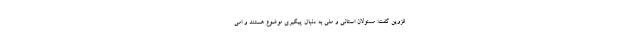
قزوین گفت: مسئولان استانی و ملی به دنبال پیگیری موضوع هستند و امی